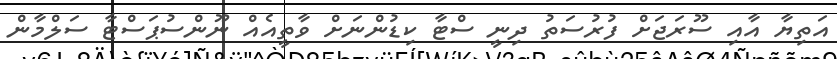
އަތިޔާ އާއި ސޫރަޖަށް ފުރުސަތު ދިނީ ސްޓާ ކިޑުންނަށް ވާތީއެއް ނޫންސުޕަސްޓާ ސަލްމާން